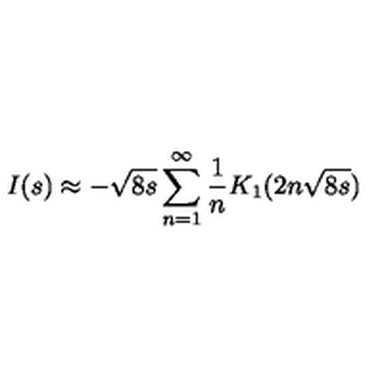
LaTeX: I ( s ) \approx - \sqrt { 8 s } \sum _ { n = 1 } ^ { \infty } { \frac { 1 } { n } } K _ { 1 } ( 2 n \sqrt { 8 s } )